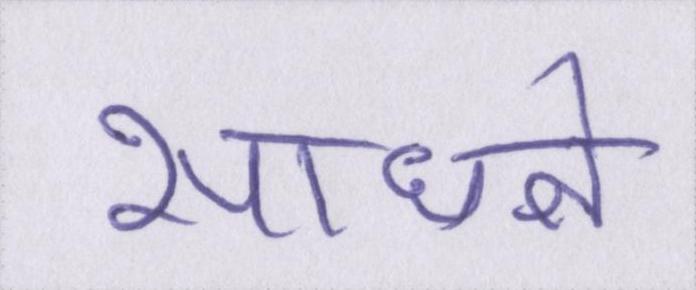
साधने